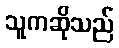
သူကဆိုသည်